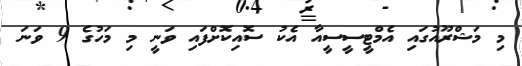
މި މަޝްރޫއުގައި އެމްޓީސީސީއާ އެކު ސޮއިކޮށްފައި ވަނީ މި މަހުގެ 9 ވަނަ